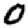
Digit: 0